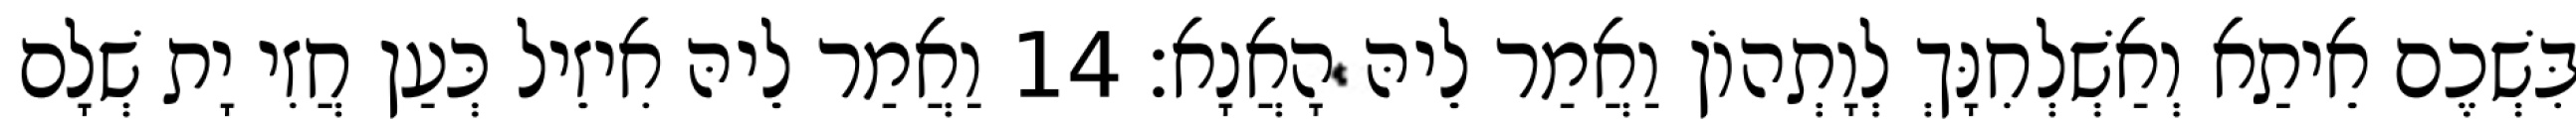
בִּשְׁכֶם אֵיתַא וְאַשְׁלְחִנָּךְ לְוָתְהוֹן וַאֲמַר לֵיהּ הָאֲנָא׃ 14 וַאֲמַר לֵיהּ אִיזֵיל כְּעַן חֲזִי יָת שְׁלָם